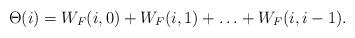
LaTeX: \begin{align*} \Theta(i) = W_F(i,0) +W_F(i,1) + \hdots +W_F(i,i-1). \end{align*}